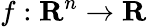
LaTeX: f:\mathbf{R}^{n}\rightarrow\mathbf{R}